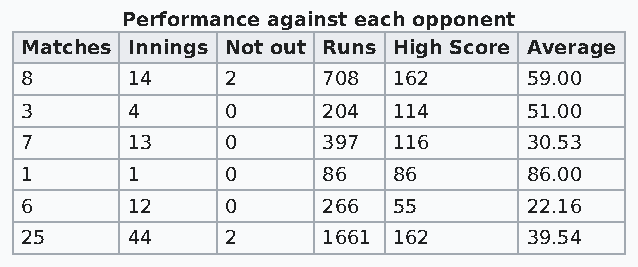
Performance against each opponent
 Matches Innings Not out Runs High Score Average
 8      14     2     708  162      59.00
 3      4      0     204  114      51.00
 7      13     0     397  116      30.53
 1      1      0     86   86       86.00
 6      12     0     266  55       22.16
 25     44     2     1661 162      39.54